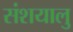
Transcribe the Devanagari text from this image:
संशयालु